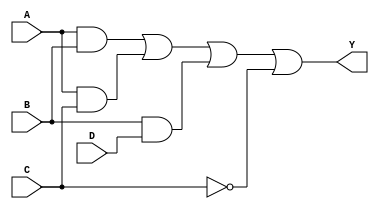
module combinational_logic_block (
    input wire A,
    input wire B,
    input wire C,
    input wire D,
    output wire Y
);

// Internal signals for intermediate logic
wire AB;      // AND of A and B
wire AC;      // AND of A and C
wire BD;      // AND of B and D
wire CNot;    // NOT of C

// Logic implementation based on a minimized expression
assign AB = A & B;                // AND gate for A and B
assign AC = A & C;                // AND gate for A and C
assign BD = B & D;                // AND gate for B and D
assign CNot = ~C;                 // NOT gate for C

// Final output logic (example minimized expression)
// Y = AB + AC + BD + CNot
assign Y = AB | AC | BD | CNot;   // OR gate combining the results

endmodule